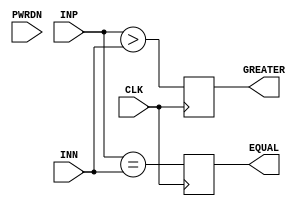

//Cells still in this file have INCOMPLETE simulation models, need to finish them

module GP_DCMP(input[7:0] INP, input[7:0] INN, input CLK, input PWRDN, output reg GREATER, output reg EQUAL);
	parameter PWRDN_SYNC = 1'b0;
	parameter CLK_EDGE = "RISING";
	parameter GREATER_OR_EQUAL = 1'b0;

	//TODO implement power-down mode

	initial GREATER = 0;
	initial EQUAL = 0;

	wire clk_minv = (CLK_EDGE == "RISING") ? CLK : ~CLK;
	always @(posedge clk_minv) begin
		if(GREATER_OR_EQUAL)
			GREATER <= (INP >= INN);
		else
			GREATER <= (INP > INN);

		EQUAL <= (INP == INN);
	end

endmodule

module GP_EDGEDET(input IN, output reg OUT);

	parameter EDGE_DIRECTION = "RISING";
	parameter DELAY_STEPS = 1;
	parameter GLITCH_FILTER = 0;

	//not implemented for simulation

endmodule

module GP_RCOSC(input PWRDN, output reg CLKOUT_HARDIP, output reg CLKOUT_FABRIC);

	parameter PWRDN_EN = 0;
	parameter AUTO_PWRDN = 0;
	parameter HARDIP_DIV = 1;
	parameter FABRIC_DIV = 1;
	parameter OSC_FREQ = "25k";

	initial CLKOUT_HARDIP = 0;
	initial CLKOUT_FABRIC = 0;

	//output dividers not implemented for simulation
	//auto powerdown not implemented for simulation

	always begin
		if(PWRDN) begin
			CLKOUT_HARDIP = 0;
			CLKOUT_FABRIC = 0;
		end
		else begin

			if(OSC_FREQ == "25k") begin
				//half period of 25 kHz
				#20000;
			end

			else begin
				//half period of 2 MHz
				#250;
			end

			CLKOUT_HARDIP = ~CLKOUT_HARDIP;
			CLKOUT_FABRIC = ~CLKOUT_FABRIC;
		end
	end

endmodule

module GP_RINGOSC(input PWRDN, output reg CLKOUT_HARDIP, output reg CLKOUT_FABRIC);

	parameter PWRDN_EN = 0;
	parameter AUTO_PWRDN = 0;
	parameter HARDIP_DIV = 1;
	parameter FABRIC_DIV = 1;

	initial CLKOUT_HARDIP = 0;
	initial CLKOUT_FABRIC = 0;

	//output dividers not implemented for simulation
	//auto powerdown not implemented for simulation

	always begin
		if(PWRDN) begin
			CLKOUT_HARDIP = 0;
			CLKOUT_FABRIC = 0;
		end
		else begin
			//half period of 27 MHz
			#18.518;
			CLKOUT_HARDIP = ~CLKOUT_HARDIP;
			CLKOUT_FABRIC = ~CLKOUT_FABRIC;
		end
	end

endmodule

module GP_SPI(
	input SCK,
	inout SDAT,
	input CSN,
	input[7:0] TXD_HIGH,
	input[7:0] TXD_LOW,
	output reg[7:0] RXD_HIGH,
	output reg[7:0] RXD_LOW,
	output reg INT);

	initial RXD_HIGH = 0;
	initial RXD_LOW = 0;
	initial INT = 0;

	parameter DATA_WIDTH = 8;		//byte or word width
	parameter SPI_CPHA = 0;			//SPI clock phase
	parameter SPI_CPOL = 0;			//SPI clock polarity
	parameter DIRECTION = "INPUT";	//SPI data direction (either input to chip or output to host)
	//parallel output to fabric not yet implemented

	//TODO: write sim model
	//TODO: SPI SDIO control... can we use ADC output while SPI is input??
	//TODO: clock sync

endmodule

//keep constraint needed to prevent optimization since we have no outputs
(* keep *)
module GP_SYSRESET(input RST);
	parameter RESET_MODE = "EDGE";
	parameter EDGE_SPEED = 4;

	//cannot simulate whole system reset

endmodule